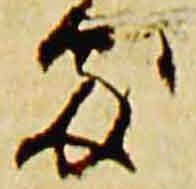
処